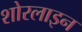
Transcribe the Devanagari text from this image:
शोरलाइन